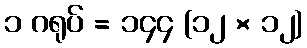
၁ ဂရုပ် = ၁၄၄ (၁၂ × ၁၂)